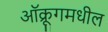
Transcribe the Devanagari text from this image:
ऑक्रूगमधील